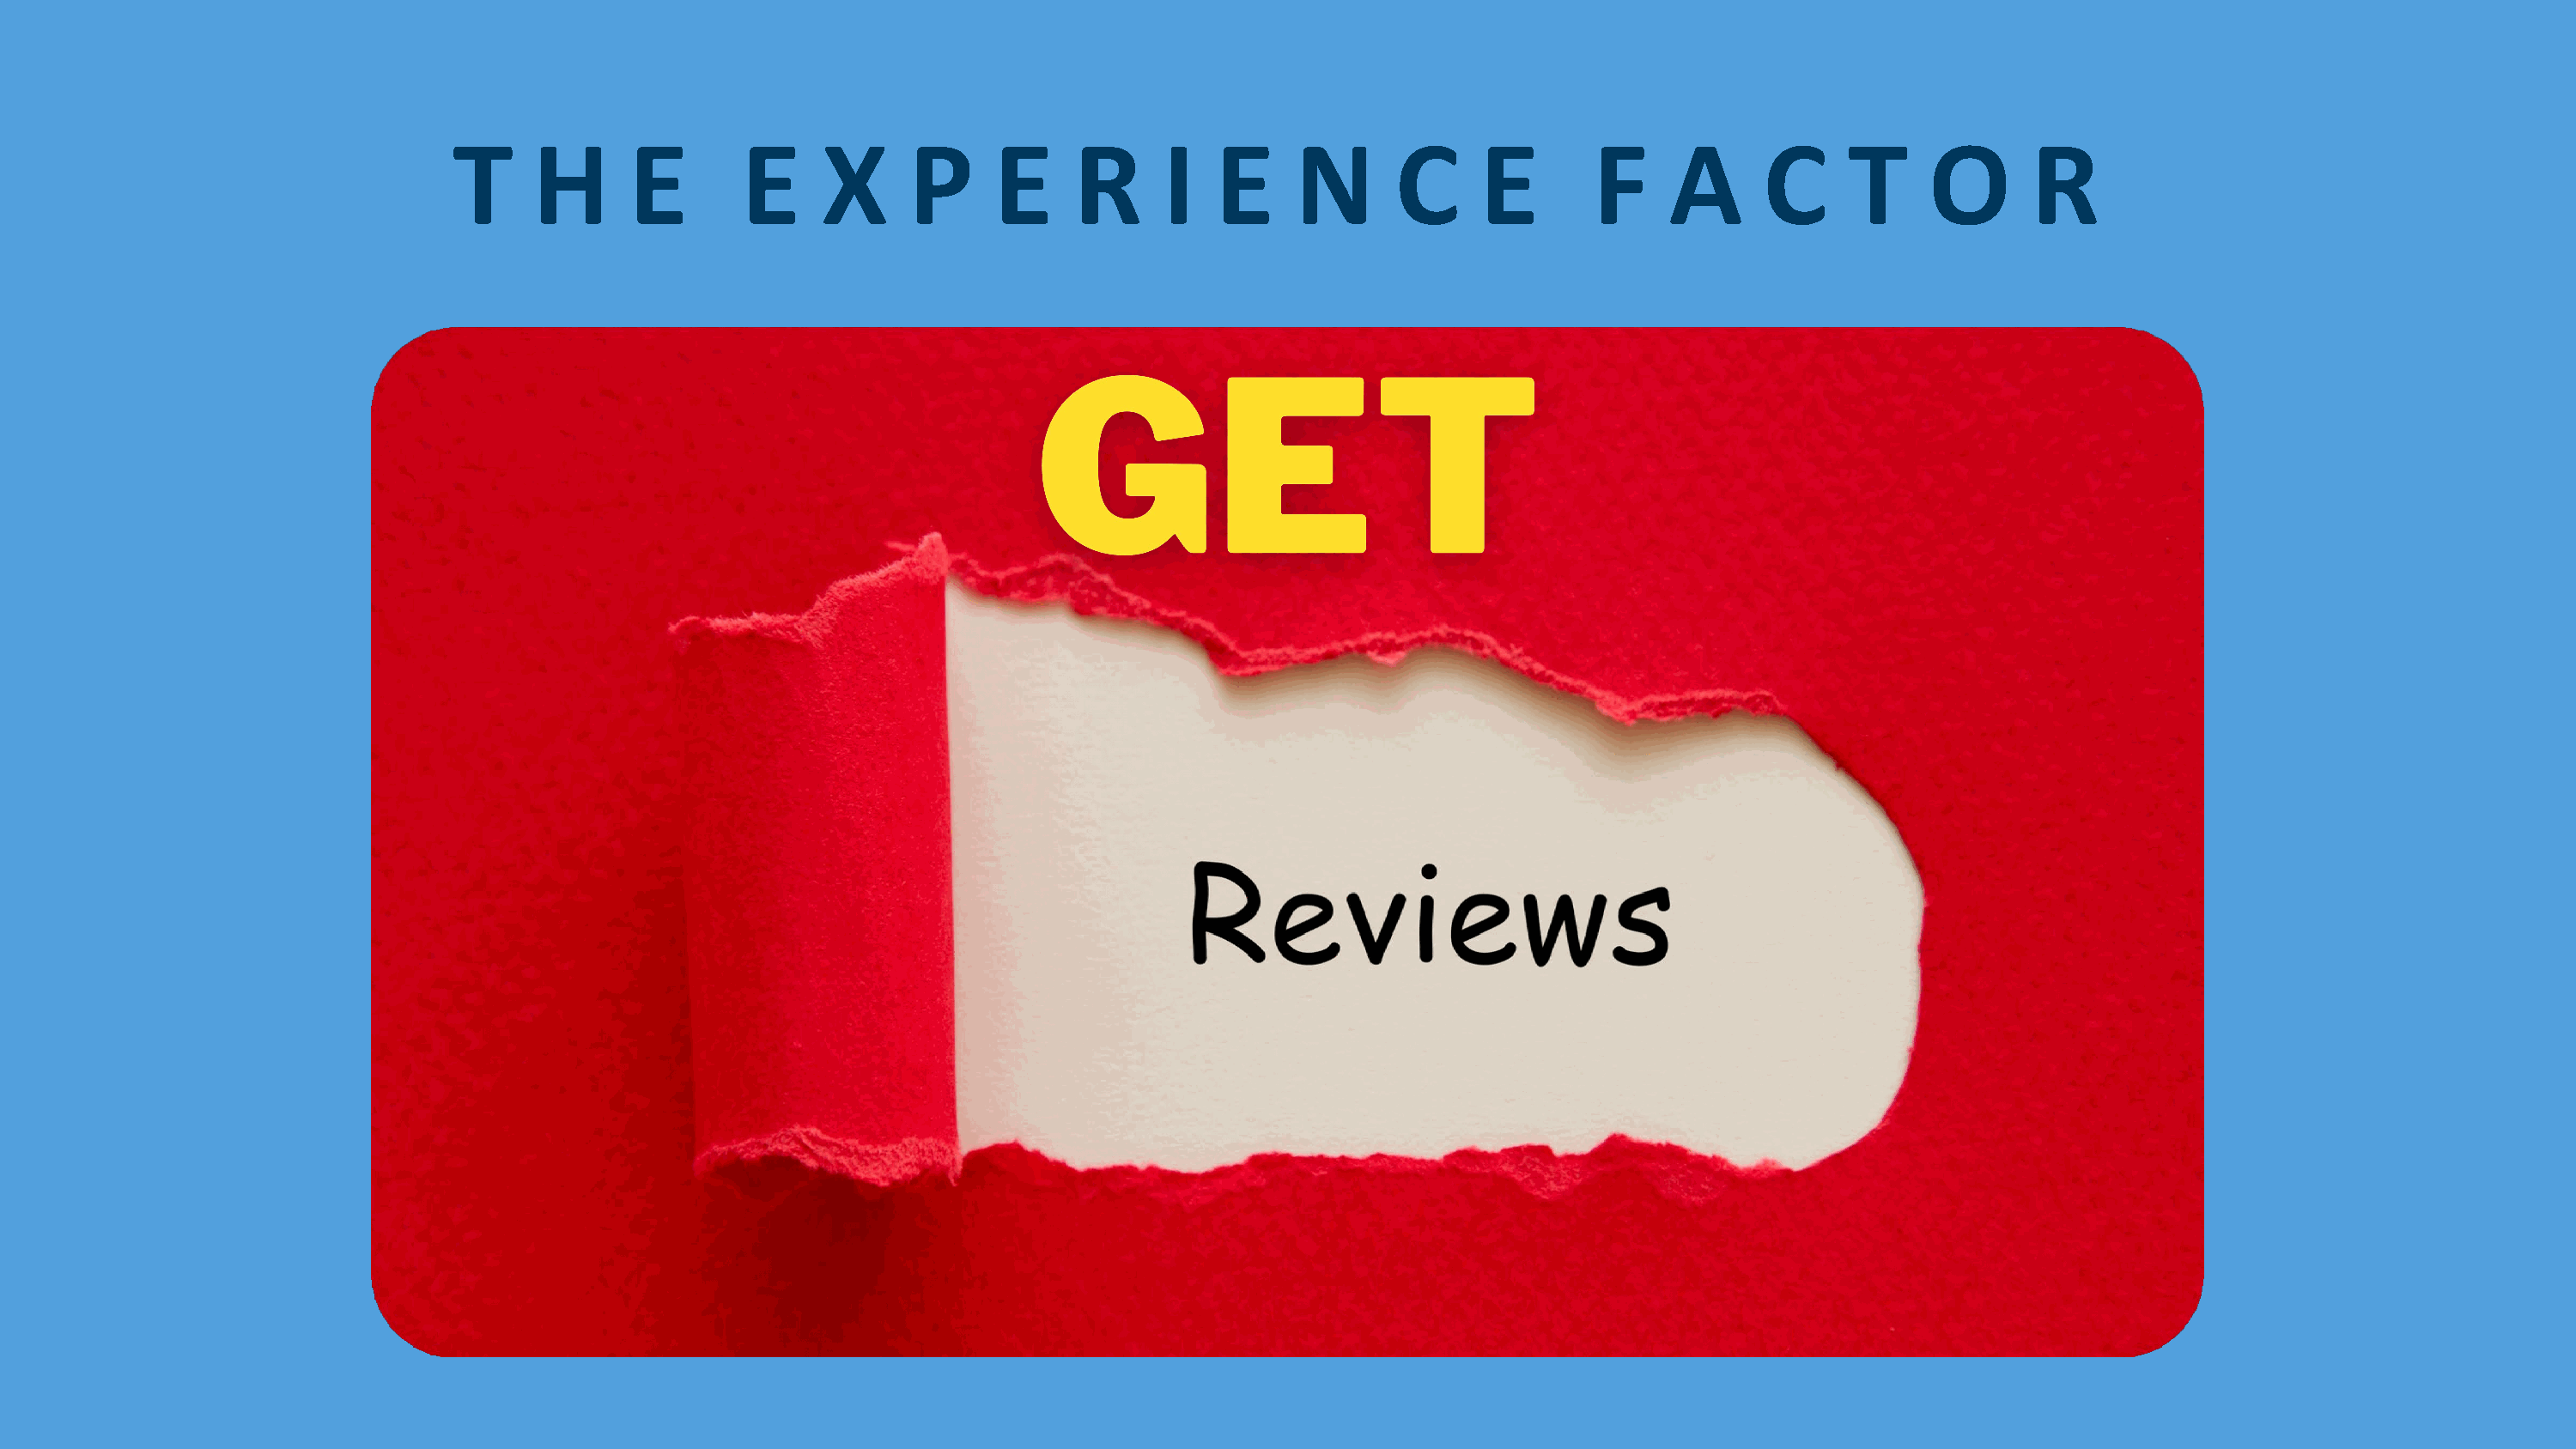
T     H       E       E     X      P      E     R      I   E     N       C     E        F     A      C     T      O       R